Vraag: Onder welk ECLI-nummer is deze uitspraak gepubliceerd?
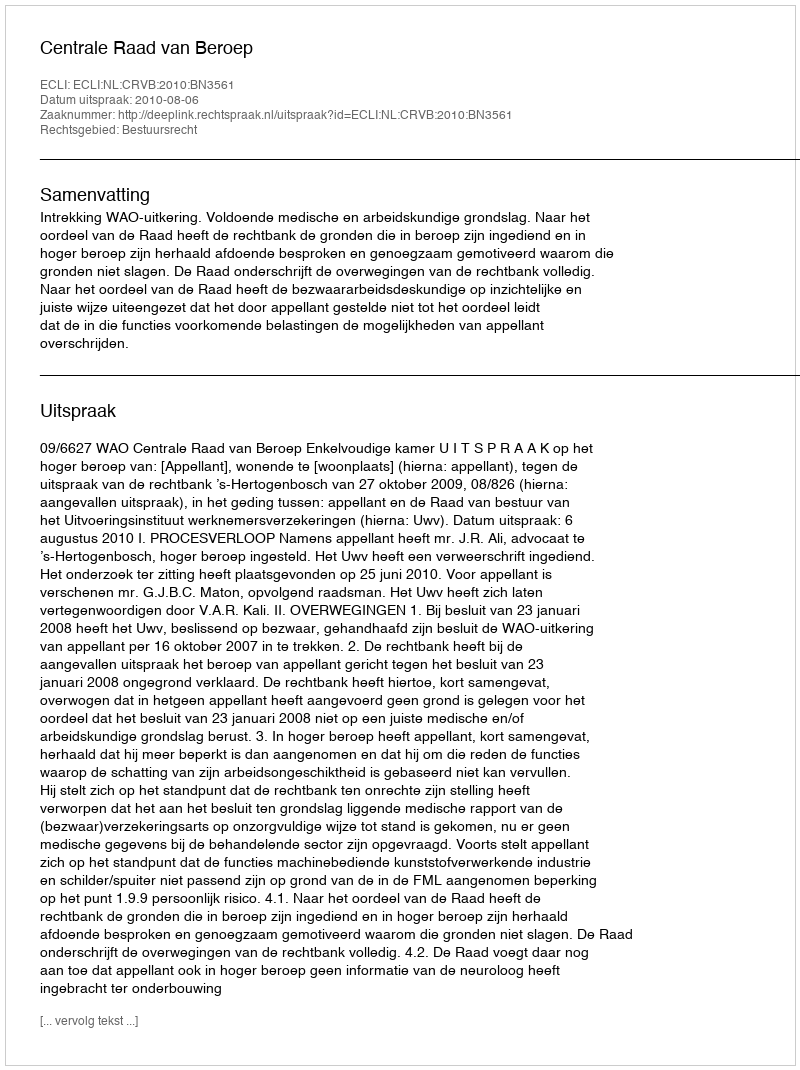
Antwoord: ECLI:NL:CRVB:2010:BN3561